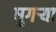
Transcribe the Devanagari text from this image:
घुगऱ्या